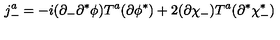
j _ { - } ^ { a } = - i ( \partial _ { - } \partial ^ { * } \phi ) T ^ { a } ( \partial \phi ^ { * } ) + 2 ( \partial \chi _ { - } ) T ^ { a } ( \partial ^ { * } \chi _ { - } ^ { * } )